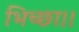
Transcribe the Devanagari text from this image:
भिच्‍छा।।